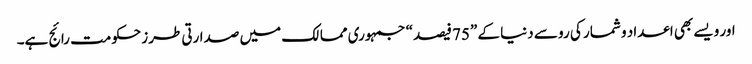
اور ویسے بھی اعداد و شمار کی رو سے دنیا کے ”75 فیصد“ جمہوری ممالک میں صدارتی طرز حکومت رائج ہے۔